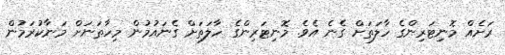
ރަށެއް މޮނިޓަރިންގެ ހާލަތަށް ގެނެ އެވެ. މޮނިޓަރިންގެ ހާލަތަށް ގެނައުމުން މިހާތަނަށް މަނާކުރަމުން